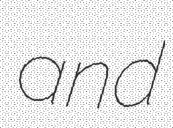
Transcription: and